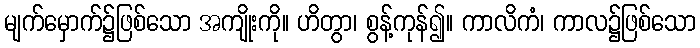
မျက်မှောက်၌ဖြစ်သော အကျိုးကို။ ဟိတွာ၊ စွန့်ကုန်၍။ ကာလိကံ၊ ကာလ၌ဖြစ်သော